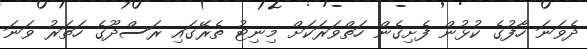
ދެވަނަ ހާފުގެ ކުޅުން ފެށިގެން ހަތްވަރަކަށް މިނިޓު ތެރޭގައި ރަސްދޫގެ ހަތަރު ވަނަ